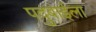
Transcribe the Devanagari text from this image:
पदुबाईला